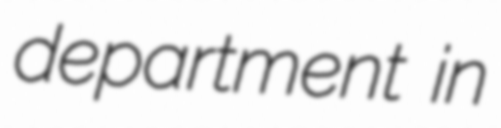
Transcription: department in